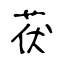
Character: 茯